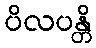
ပိလပန္တိ